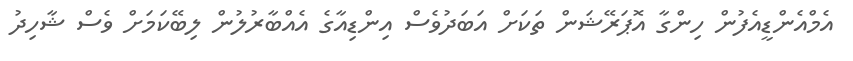
އެމްއެންޑީއެފުން ހިންގާ އޮޕަރޭޝަން ތަކަށް އަބަދުވެސް އިންޑިއާގެ އެއްބާރުލުން ލިބޭކަމަށް ވެސް ޝާހިދު